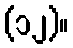
(၁၂)။